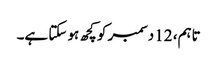
تاہم، 12 دسمبر کو کچھ ہو سکتا ہے۔